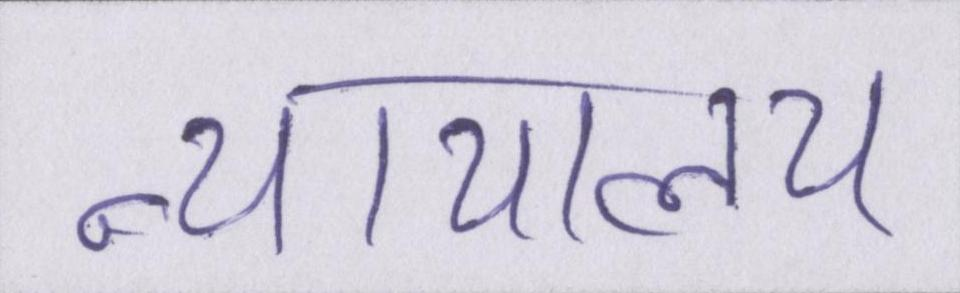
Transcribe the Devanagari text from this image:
न्यायालय